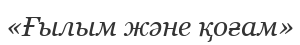
«Ғылым және қоғам»